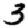
Digit: 3